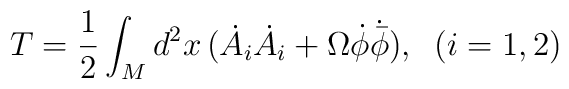
T=\frac{1}{2}\int_{M}d^{2}x \,(\dot{A}_{i}\dot{A}_{i}+\Omega \dot{\phi}\dot{{\bar{\phi}}}),\; \; (i=1,2)